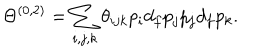
LaTeX: \Theta ^ { ( 0 , 2 ) } = \sum _ { i , j , k } \theta _ { i j k } p _ { i } d _ { f } p _ { j } p _ { j } d _ { f } p _ { k } .